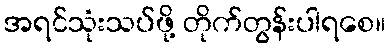
အရင်သုံးသပ်ဖို့ တိုက်တွန်းပါရစေ။